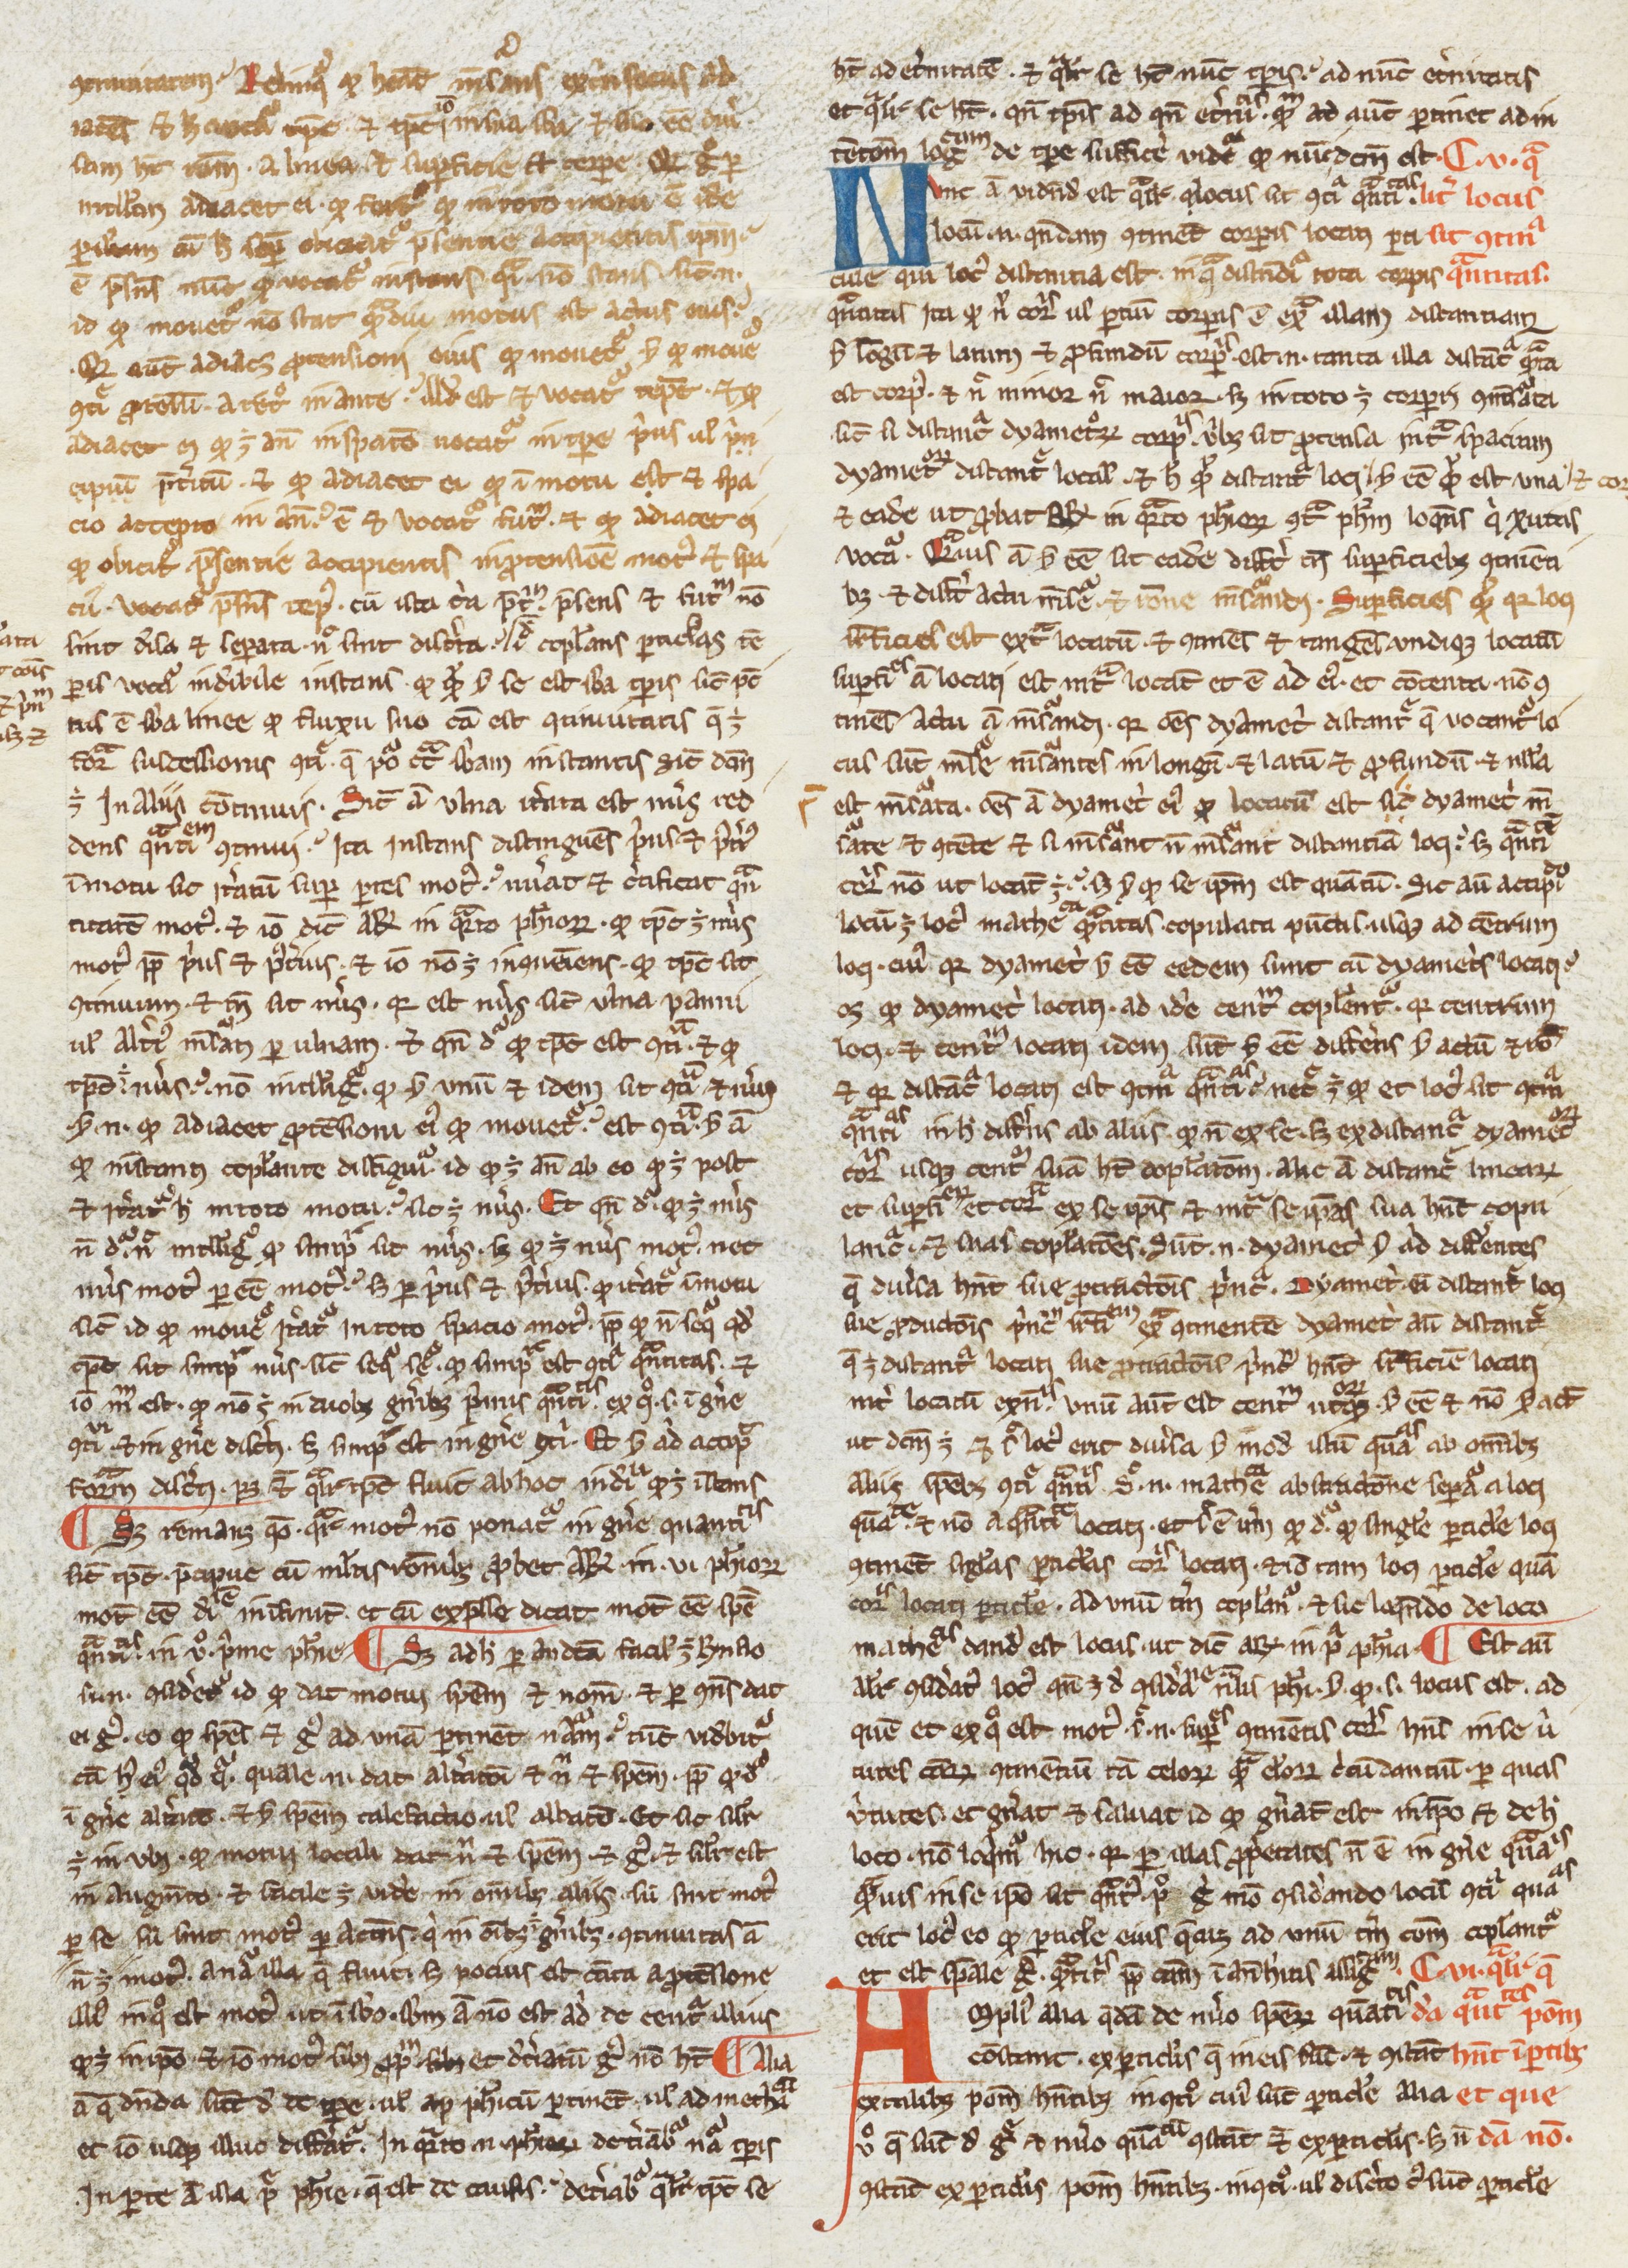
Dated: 1200–1399